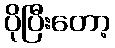
ပိုပြီးတော့